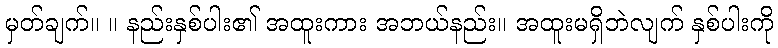
မှတ်ချက်။ ။ နည်းနှစ်ပါး၏ အထူးကား အဘယ်နည်း။ အထူးမရှိဘဲလျက် နှစ်ပါးကို